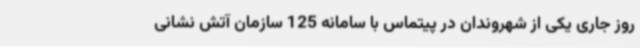
روز جاری یکی از شهروندان در پیتماس با سامانه 125 سازمان آتش نشانی